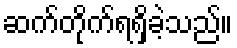
ဆက်တိုက်ရရှိခဲ့သည်။